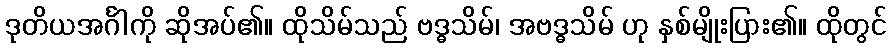
ဒုတိယအင်္ဂါကို ဆိုအပ်၏။ ထိုသိမ်သည် ဗဒ္ဓသိမ်၊ အဗဒ္ဓသိမ် ဟု နှစ်မျိုးပြား၏။ ထိုတွင်